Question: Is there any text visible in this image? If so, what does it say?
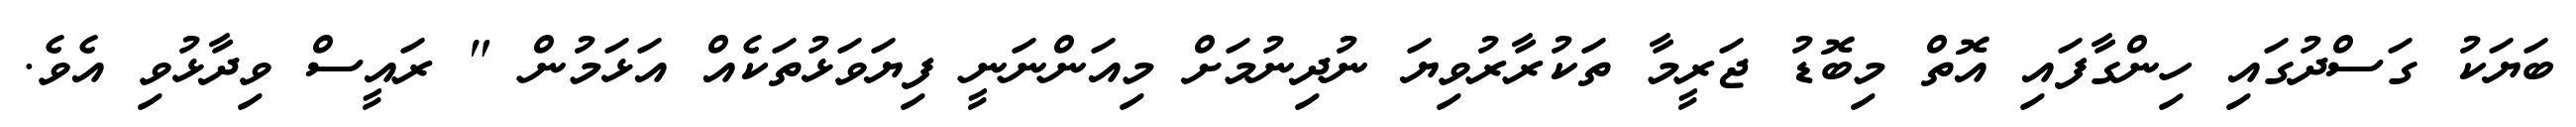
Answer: ބަޔަކު ގަސްދުގައި ހިންގާފައި އޮތް މިބޮޑު ޖަރީމާ ތަކުރާރުވިޔަ ނުދިނުމަށް މިއަންނަނީ ފިޔަވަޅުތަކެއް އަޅަމުން " ރައީސް ވިދާޅުވި އެވެ.